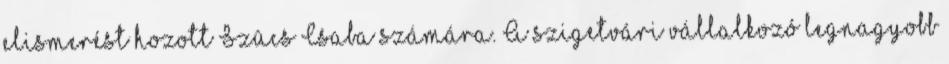
elismerést hozott Szûcs Csaba számára. A szigetvári vállalkozó legnagyobb